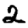
Digit: 2